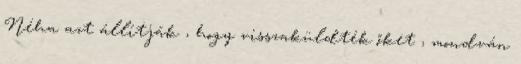
Néha azt állítják , hogy visszaküldték őket , mondván